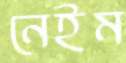
নেইম